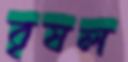
বৃষল